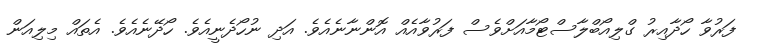
ފަރުވާ ހޯދާއިރު ގްލިއޯބްލާސްޓޯމާއަށްވެސް ފަރުވާއެއް އޮންނާނެއެވެ. އަދި ނުހޯދެނީއެވެ. ހޯދޭނެއެވެ. އެތައް މިލިއަން